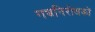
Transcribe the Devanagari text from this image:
गभ्रनिरोधकों